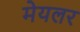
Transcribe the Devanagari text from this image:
मेयलर